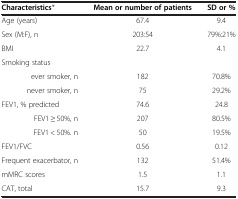
| Characteristics* | Mean or number of patients | SD or % |
 | --- | --- | --- |
 | Age (years) | 67.4 | 9.4 |
 | Sex (M:F), n | 203:54 | 79%:21% |
 | BMI | 22.7 | 4.1 |
 | Smoking status |  |  |
 | ever smoker, n | 182 | 70.8% |
 | never smoker, n | 75 | 29.2% |
 | FEV1, % predicted | 74.6 | 24.8 |
 | FEV1 ≥ 50%, n | 207 | 80.5% |
 | FEV1 < 50%. n | 50 | 19.5% |
 | FEV1/FVC | 0.56 | 0.12 |
 | Frequent exacerbator, n | 132 | 51.4% |
 | mMRC scores | 1.5 | 1.1 |
 | CAT, total | 15.7 | 9.3 |